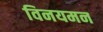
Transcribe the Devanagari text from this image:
विनयमन